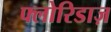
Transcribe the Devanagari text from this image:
फ्लोरिडाज़